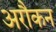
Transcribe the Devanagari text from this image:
अरौकन